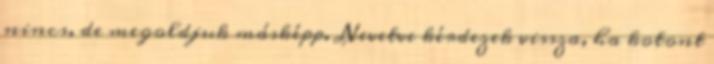
nincs, de megoldjuk másképp. Nevetve kérdezek vissza, ha kotont